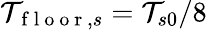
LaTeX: \mathcal{T}_{\mathrm{~f~l~o~o~r~},s}=\mathcal{T}_{s0}/8